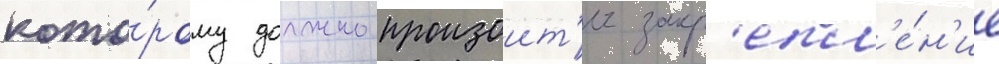
кото́рому должно произоит'и закр'епл'е́н'ие